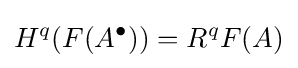
H^{q}(F(A^{\bullet }))=R^{q}F(A)